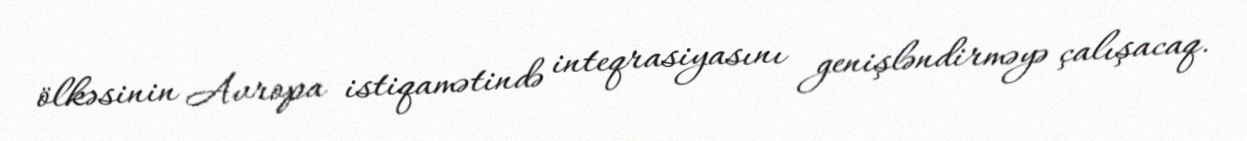
ölkəsinin Avropa istiqamətində inteqrasiyasını genişləndirməyə çalışacaq.